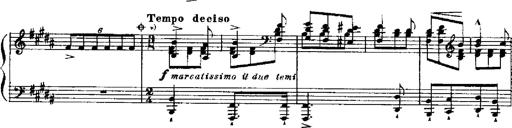
Title: RÃ©miniscences de Robert le diable
Composer: Franz Liszt